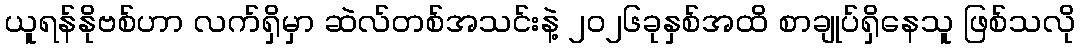
ယူရန်နိုဗစ်ဟာ လက်ရှိမှာ ဆဲလ်တစ်အသင်းနဲ့ ၂၀၂၆ခုနှစ်အထိ စာချုပ်ရှိနေသူ ဖြစ်သလို